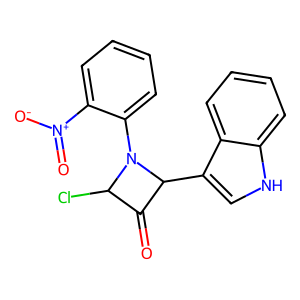
SMILES: O=C1C(Cl)N(c2ccccc2[N+](=O)[O-])C1c1c[nH]c2ccccc12
Inhibits HIV replication: No